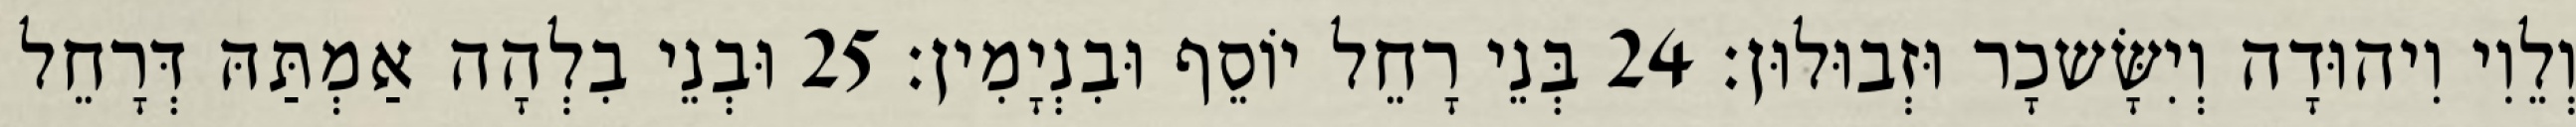
וְלֵוִי וִיהוּדָה וְיִשָּׂשכָר וּזְבוּלוּן׃ 24 בְּנֵי רָחֵל יוֹסֵף וּבִנְיָמִין׃ 25 וּבְנֵי בִלְהָה אַמְתַּהּ דְּרָחֵל